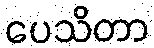
ပေသိတာ